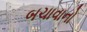
બચાવાનો